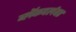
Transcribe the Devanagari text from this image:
ब्लॅकपर्लवर